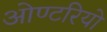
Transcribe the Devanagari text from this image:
ओण्टरियो